Report on sanitation, dispensaries, and jails in Rajputana for 1911, and on vaccination for the year 1911-1912 - 1911-1912
Year: 1911
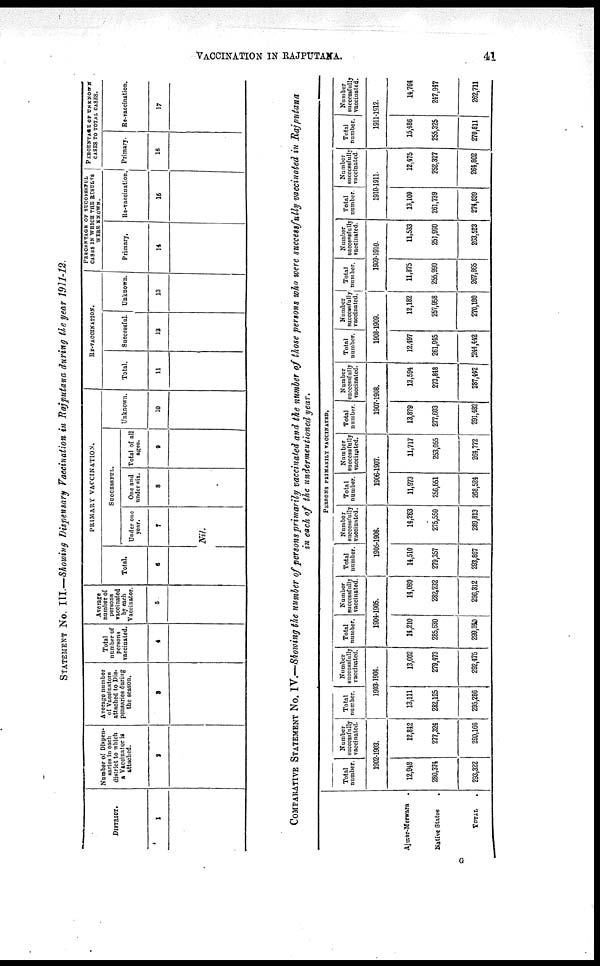
VACCINATION IN RAJPUTANA.
41
STATEMENT No. III.—Showing Dispensary Vaccination in Rajputana during the year 1911-12.
DISTRICT.
1
Number of Dispen-
saries in each
district to which
a Vaccinator is
attached.
2
Average number
of Vaccinators
attached to Dis¬
pensaries during
the season.
3
Total
number of
persons
vaccinated.
4
Average
number of
persons
vaccinated
by each
Vaccinator.
5
PRIMARY VACCINATION.
Total.
6
SUCCESSFUL.
Under one
year.
7
Nil.
One and
under six.
8
Total of all
ages.
9
Unknown.
10
RE-VACCINATION.
Total.
11
Successful.
12
Unknown.
13
PERCENTAGE OF SUCCESSFUL
CASES IN WHICH THE RESULTS
WERE KNOWN.
Primary.
14
Re-vaccination.
15
PERCENTAGE OF UNKNOWN
CASES TO TOTAL CASES.
Primary.
16
Re-vaccination.
17
COMPARATIVE STATEMENT No. IV.—Showing the number of persons primarily vaccinated and the number of those persons who were successfully vaccinated in Rajputana
in each of the undermentioned year.
Ajmer-Merwara
.
Native States .
TOTAL .
PERSONS PRIMARILY VACCINATED.
Total
number.
Number
successfully
vaccinated.
1902-1903.
12,918
280,374
293,322
12,842
277,324
290,166
Total
number.
Number
successfully
vaccinated.
1903-1904.
13,111
282,125
295,286
13,002
279,473
292,475
Total
number.
Number
successfully
vaccinated.
1904-1905.
14,210
285,630
299,840
14,080
282,232
296,312
Total
number.
Number
successfully
vaccinated.
1905-1906.
14,510
279,357
293,867
14,263
275,550
289,813
Total
number.
Number
successfully
vaccinated.
1906-1907.
11,973
256,551
268,524
11,717
253,055
264,772
Total
number.
Number
successfully
vaccinated.
1907-1908.
13,879
277,603
291,482
13,594
273,848
287,142
Total
number.
Number
successfully
vaccinated.
1908-1909.
12,497
261,945
244,442
12,182
257,958
270,180
Total
number.
Number
successfully
vaccinated.
1909-1910.
11,875
255,990
267,865
11,533
251,990
263,523
Total
number.
Number
successfully
vaccinated.
1910-1911.
13,100
261,739
274,839
12,475
252,327
264,802
Total
number.
Number
successfully
vaccinated.
1911-1912.
15,486
255,325
270,811
14,764
247,947
262,711
G